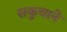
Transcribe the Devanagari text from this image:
सकुचाने